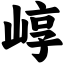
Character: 崞